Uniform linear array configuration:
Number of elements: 16
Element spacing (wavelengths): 0.25
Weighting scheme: uniform
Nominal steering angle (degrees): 45
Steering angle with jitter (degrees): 45.662
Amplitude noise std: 0.05
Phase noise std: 0.05

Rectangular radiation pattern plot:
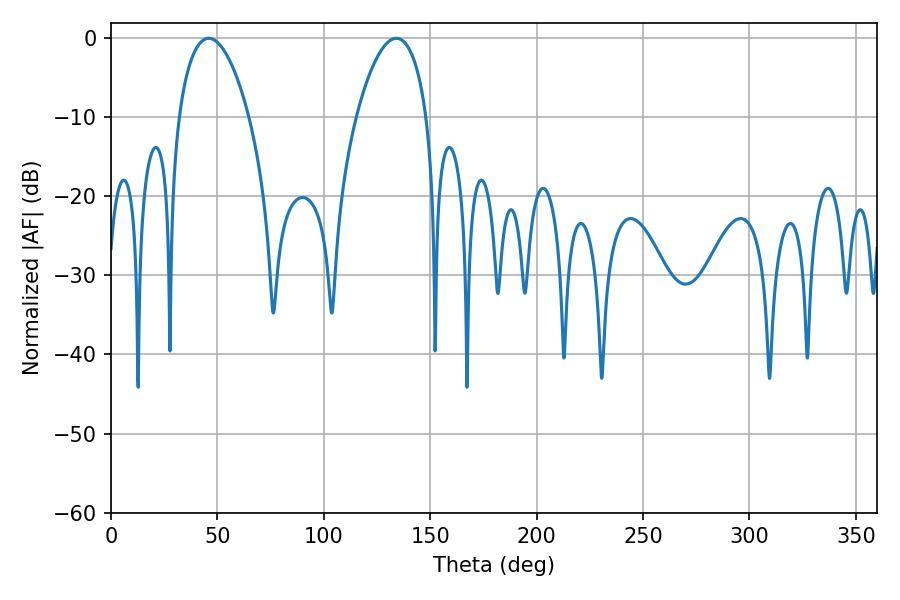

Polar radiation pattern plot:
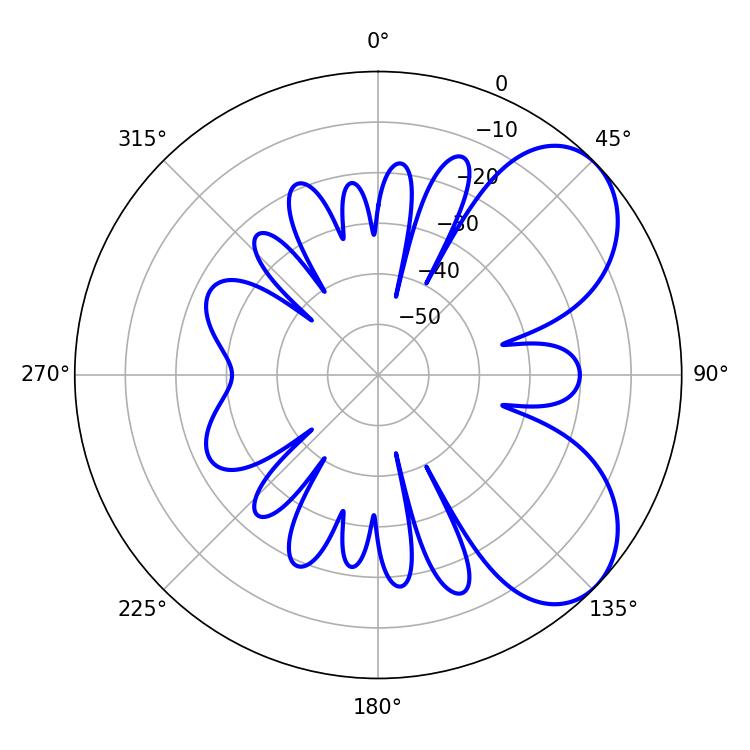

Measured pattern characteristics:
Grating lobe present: FALSE
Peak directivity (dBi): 6.039
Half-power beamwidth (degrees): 18.54
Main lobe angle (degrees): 45.9